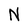
Character: N